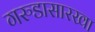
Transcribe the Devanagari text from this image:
गरुडासारखा